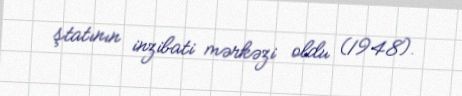
ştatının inzibati mərkəzi oldu (1948).